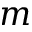
m